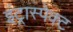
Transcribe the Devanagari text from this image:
इंट्रास्पेक्ट